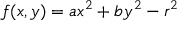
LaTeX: f ( x , y ) = a x ^ { 2 } + b y ^ { 2 } - r ^ { 2 }